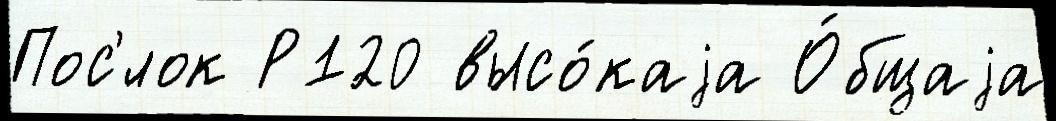
Пос'́лок Р120 высо́каjа О́бщаjа